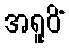
အရူပိံ